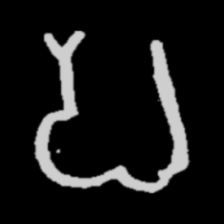
Pyu character \u2014 Myanmar letter: ပ (romanized: pa)